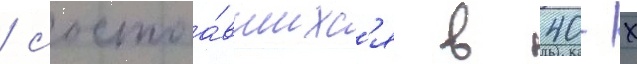
/ состоа́вшихс'я в 40-х